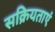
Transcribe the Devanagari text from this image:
सक्रियताएं